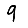
Digit: 9